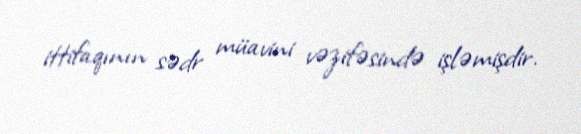
ittifaqının sədr müavini vəzifəsində işləmişdir.